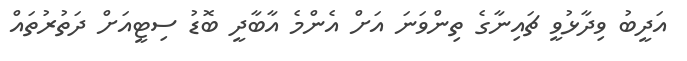
އަދީބު ވިދާޅުވީ ޗައިނާގެ ތިންވަނަ އަށް އެންމެ އާބާދީ ބޮޑު ސިޓީއަށް ދަތުރުތައް